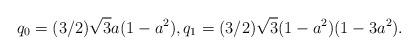
LaTeX: \begin{align*} q_0= (3/2)\sqrt{3} a(1-a^2), q_1=(3/2)\sqrt{3}(1-a^2)(1-3 a^2). \end{align*}